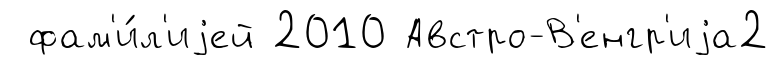
фам'и́л'иjей 2010 Австро-В'енгр'иjа2